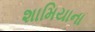
શામિયાના